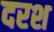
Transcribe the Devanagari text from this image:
दरश